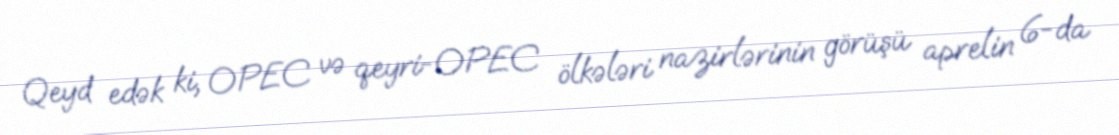
Qeyd edək ki, OPEC və qeyri-OPEC ölkələri nazirlərinin görüşü aprelin 6-da